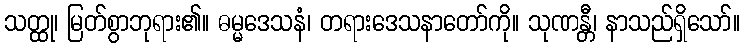
သတ္ထု၊ မြတ်စွာဘုရား၏။ ဓမ္မဒေသနံ၊ တရားဒေသနာတော်ကို။ သုဏန္တီ၊ နာသည်ရှိသော်။